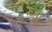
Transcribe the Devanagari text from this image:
रूतर